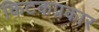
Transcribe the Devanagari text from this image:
किटकप्रकार